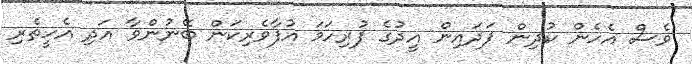
ވެސް އެހެން ކުދިން ފަދައިން އީދުގެ ފުރިހަމަ އުފާވެރިކަން ބޭނުންވާ އަދި އެހީތެރި